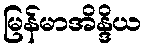
မြန်မာအိန္ဒိယ